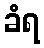
ခံရ